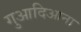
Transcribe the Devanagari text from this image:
गुआदिआना